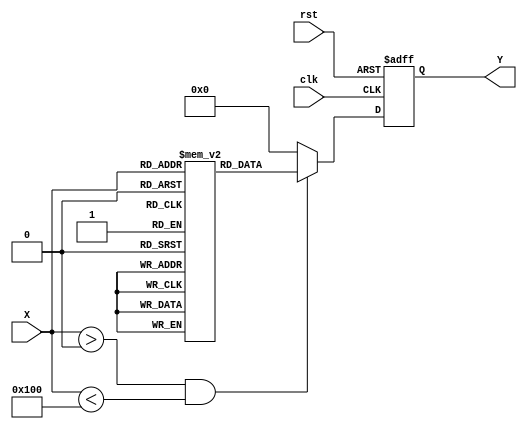
module ApproximateReciprocal #(
    parameter N = 8, // Input bit width
    parameter M = 4  // Output bit width (reciprocal approximation)
)(
    input  wire [N-1:0] X, // Input value
    output reg  [M-1:0] Y, // Output reciprocal approximation
    input  wire clk,        // Clock signal
    input  wire rst         // Reset signal
);

    // Lookup table for precomputed reciprocal values
    // This example uses a small LUT for demonstration
    reg [M-1:0] lut [0:255]; // LUT for 8-bit input (0 to 255)
    
    initial begin
        // Initialize the lookup table with approximate reciprocal values
        // Values are scaled to fit in M bits
        lut[1] = 4'b0001; // 1/1 = 1.0
        lut[2] = 4'b0000; // 1/2 = 0.5 (approx 0)
        lut[3] = 4'b0010; // 1/3 = 0.333 (approx 0.5)
        lut[4] = 4'b0001; // 1/4 = 0.25 (approx 0.25)
        lut[5] = 4'b0001; // 1/5 = 0.2 (approx 0.25)
        // ... (fill in other values as needed)
        lut[255] = 4'b0000; // 1/255 = ~0 (approx 0)
    end

    // State machine or combinatorial logic to handle input normalization and output generation
    always @(posedge clk or posedge rst) begin
        if (rst) begin
            Y <= 0; // Reset output
        end else begin
            if (X > 0 && X < 256) begin
                Y <= lut[X]; // Use LUT for approximation
            end else begin
                Y <= 0; // Handle out of range or zero input
            end
        end
    end

endmodule